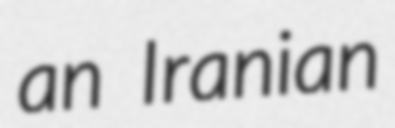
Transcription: an Iranian